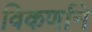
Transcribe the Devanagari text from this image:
विकर्णाने